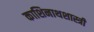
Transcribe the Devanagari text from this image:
काशिनाथशास्त्री